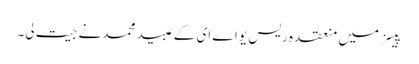
پیسز میں منعقدہ ریس یواے ای کے عبید محمدنے جیت لی۔